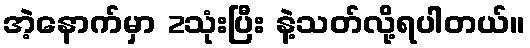
အဲ့နောက်မှာ 2သုံးပြီး နဲ့သတ်လို့ရပါတယ်။